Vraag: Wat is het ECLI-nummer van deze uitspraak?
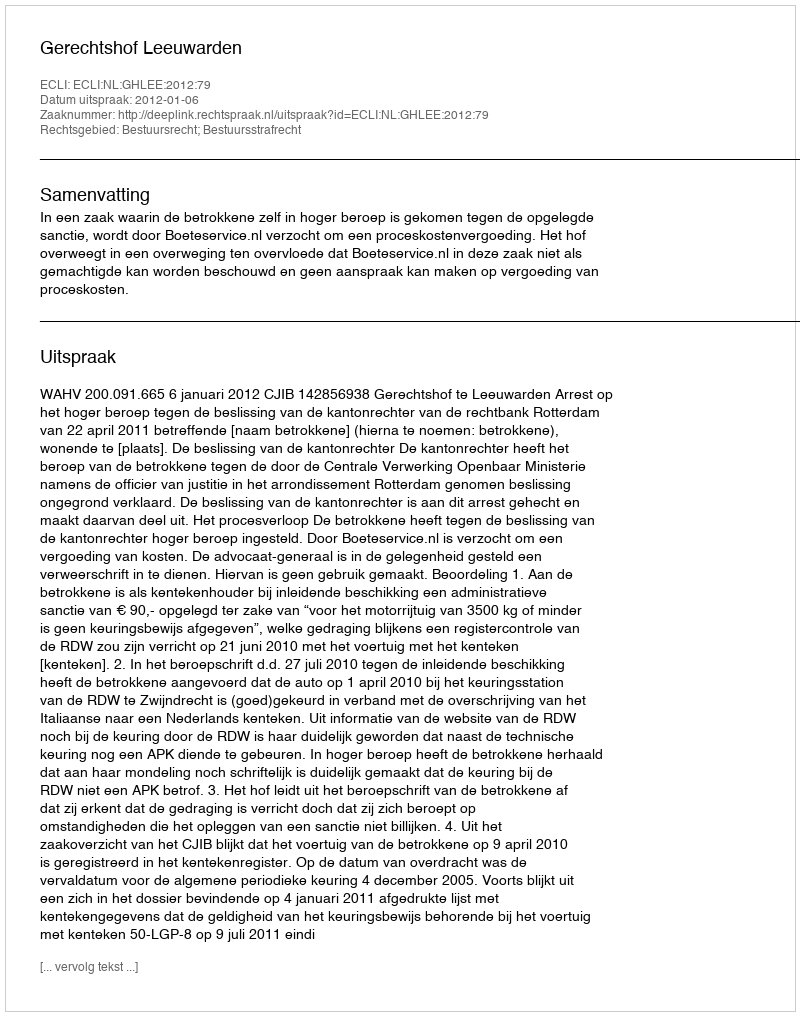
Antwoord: ECLI:NL:GHLEE:2012:79